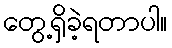
တွေ့ရှိခဲ့ရတာပါ။